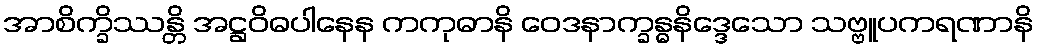
အာစိက္ခိဿန္တိ အဋ္ဌဝိဓပါနေန ကကုဓာနိ ဝေဒနာက္ခန္ဓနိဒ္ဒေသော သဗ္ဗူပကရဏာနိ